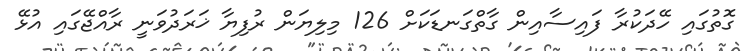
ގޮތުގައި ހޭދަކުރާ ފައިސާއިން ގާތްގަނޑަކަށް 126 މިލިޔަން ރުފިޔާ ޚަރަދުވަނީ ރާއްޖޭގައި އުޅޭ